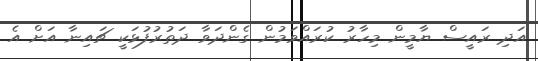
އަދި ރައީސް ޔާމީން މިހާރު ކުރައްވަމުން ގެންދަވާާ ދަތުރުފުޅަކީ ޗައިނާ އަށް އެ